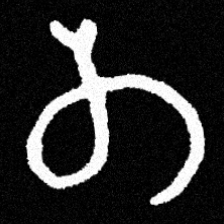
Pyu character \u2014 Myanmar letter: တ (romanized: ta)